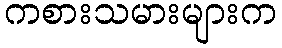
ကစားသမားများက